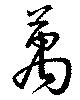
萬